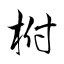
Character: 柎